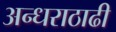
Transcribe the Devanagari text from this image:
अन्धराठाढी